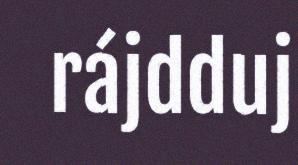
rájdduj